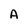
Character: A